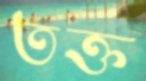
তক্ত